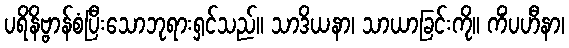
ပရိနိဗ္ဗာန်စံပြီးသောဘုရားရှင်သည်။ သာဒိယနာ၊ သာယာခြင်းကို။ ကိံပဟီနာ၊